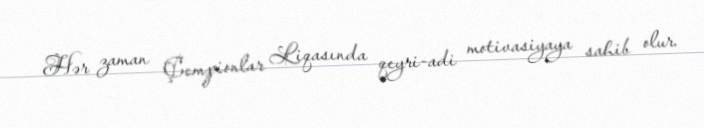
Hər zaman Çempionlar Liqasında qeyri-adi motivasiyaya sahib olur.